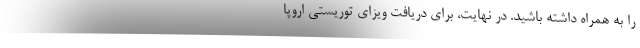
را به همراه داشته باشید. در نهایت، برای دریافت ویزای توریستی اروپا